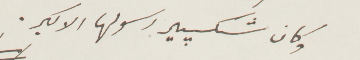
وكان شيكسبير رسولها الأكبر.